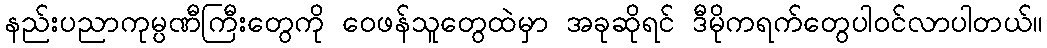
နည်းပညာကုမ္ပဏီကြီးတွေကို ဝေဖန်သူတွေထဲမှာ အခုဆိုရင် ဒီမိုကရက်တွေပါဝင်လာပါတယ်။